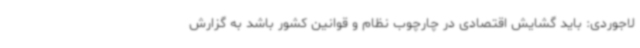
لاجوردی: باید گشایش اقتصادی در چارچوب نظام و قوانین کشور باشد به گزارش